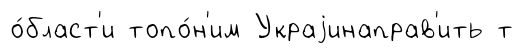
о́бласт'и топо́н'им Украjинаправ'ить т